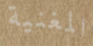
المغنية